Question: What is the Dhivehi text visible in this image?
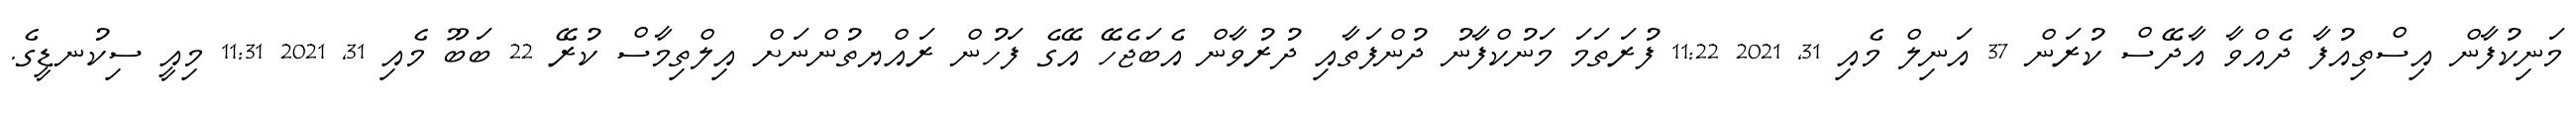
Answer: މަނިކުފާން އިސްތިއުފާ ދެއްވާ އާދޭސް ކުރަން 37 އަނިލް މެއި 31, 2021 11:22 ފުރަތަމަ މަނުކްފާނު ދުންފަތާއި ދުރުވާން އެބަޖެހޭ އޭގެ ފަހުން ރައްޔތުންނަށް އިލްތިމާސް ކުރޭ 22 ބަބޫ މެއި 31, 2021 11:31 މިއީ ސިކުނޑީގެ.